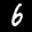
Label: 6